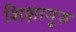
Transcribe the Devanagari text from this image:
शिक्षागुरु